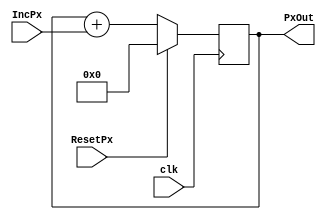
`timescale 1fs/1fs
module pixel_counter(PxOut, clk, ResetPx, IncPx,);
  //inputs
  input clk, ResetPx, IncPx ;
  wire clk, ResetPx, IncPx ;

  //outputs
  output [9:0] PxOut;
  reg [9:0] PxOut;

  initial
  begin
    PxOut = 0;
  end

  always @(posedge clk)
  begin
    if(ResetPx == 1) begin
      PxOut <= 0;
    end
    else begin
      PxOut <= PxOut + IncPx;
    end
  end
endmodule